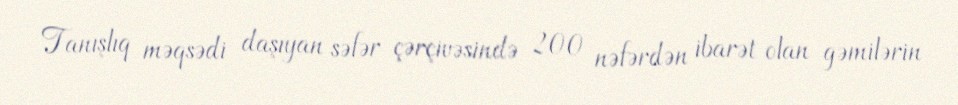
Tanışlıq məqsədi daşıyan səfər çərçivəsində 200 nəfərdən ibarət olan gəmilərin